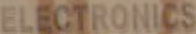
ELECTRONICS